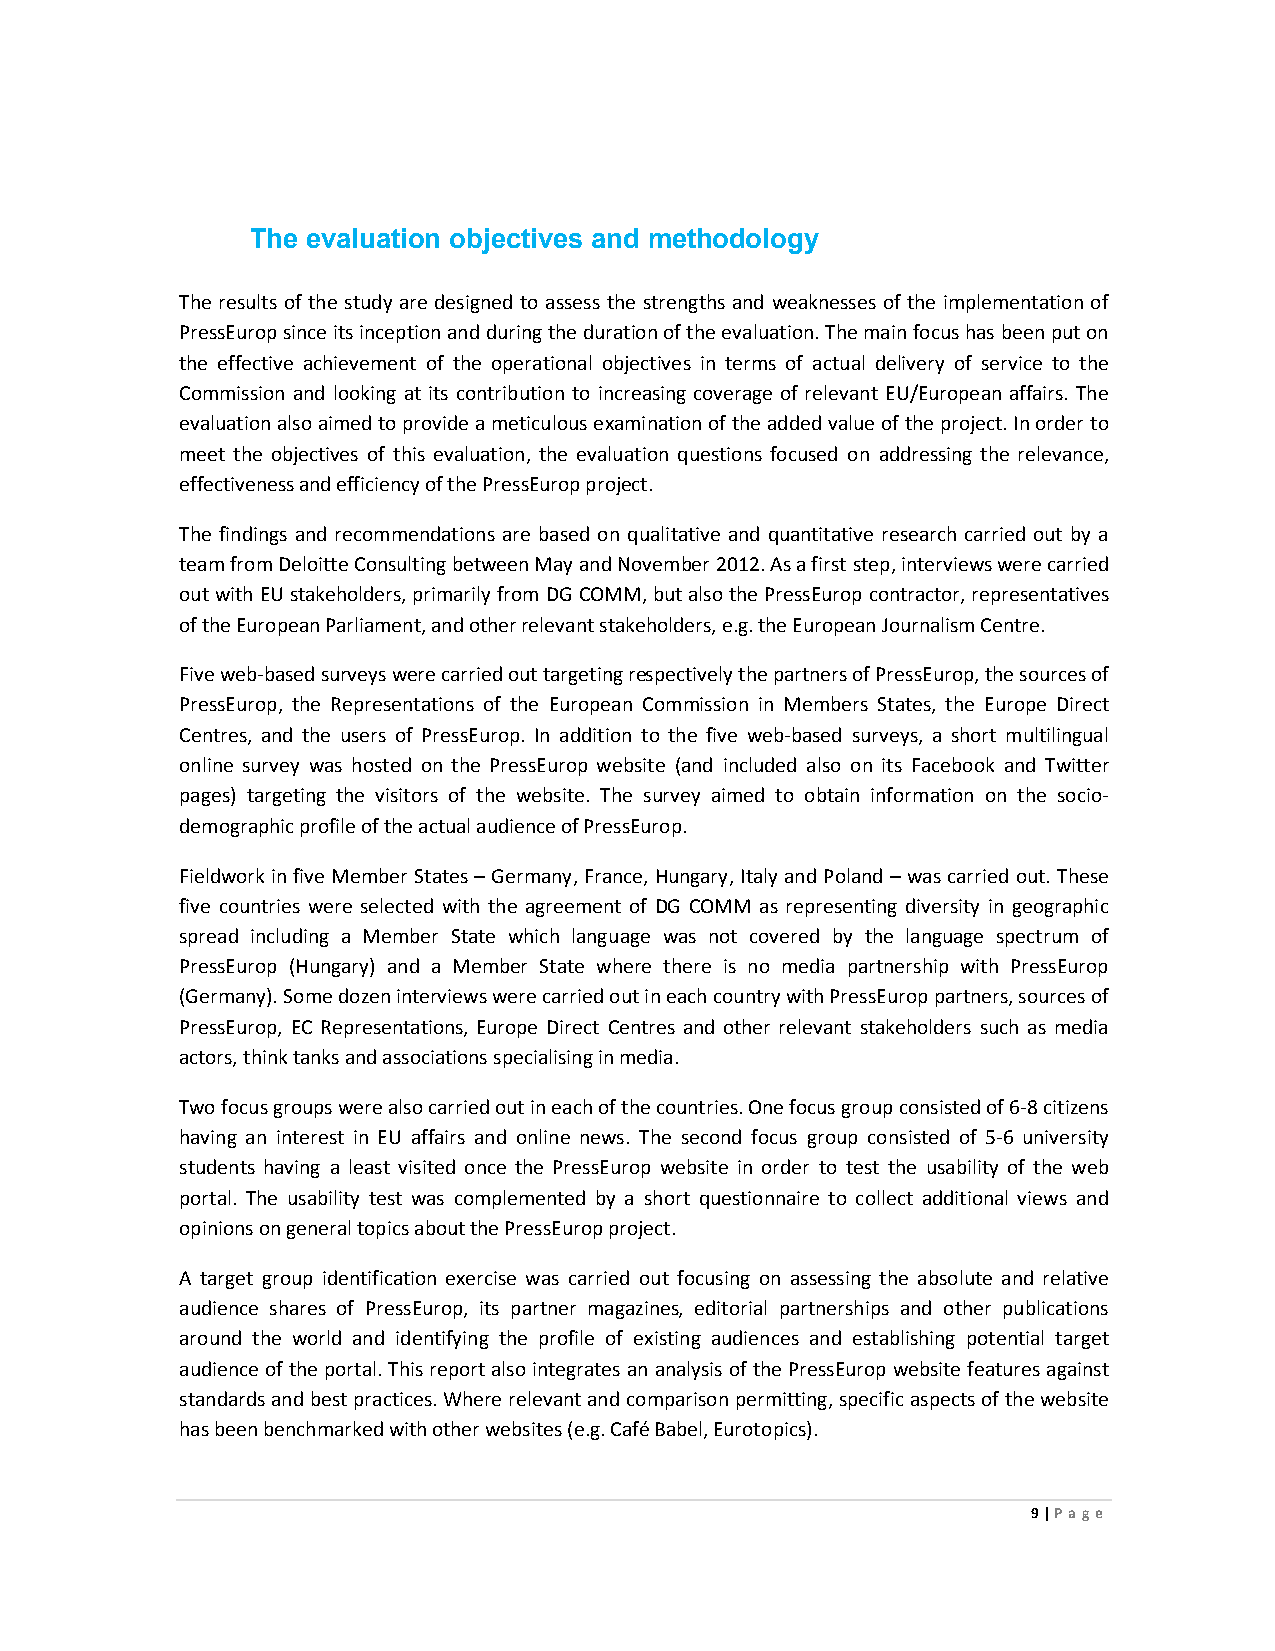
The evaluation objectives and methodology
 The results of the study are designed to assess the strengths and weaknesses of the implementation of
 PressEurop since its inception and during the duration of the evaluation. The main focus has been put on
 the effective achievement of the operational objectives in terms of actual delivery of service to the
 Commission and looking at its contribution to increasing coverage of relevant EU/European affairs. The
 evaluation also aimed to provide a meticulous examination of the added value of the project. In order to
 meet the objectives of this evaluation, the evaluation questions focused on addressing the relevance,
 effectiveness and efficiency of the PressEurop project.
 The findings and recommendations are based on qualitative and quantitative research carried out by a
 team from Deloitte Consulting between May and November 2012. As a first step, interviews were carried
 out with EU stakeholders, primarily from DG COMM, but also the PressEurop contractor, representatives
 of the European Parliament, and other relevant stakeholders, e.g. the European Journalism Centre.
 Five web-based surveys were carried out targeting respectively the partners of PressEurop, the sources of
 PressEurop, the Representations of the European Commission in Members States, the Europe Direct
 Centres, and the users of PressEurop. In addition to the five web-based surveys, a short multilingual
 online survey was hosted on the PressEurop website (and included also on its Facebook and Twitter
 pages) targeting the visitors of the website. The survey aimed to obtain information on the socio-
 demographic profile of the actual audience of PressEurop.
 Fieldwork in five Member States – Germany, France, Hungary, Italy and Poland – was carried out. These
 five countries were selected with the agreement of DG COMM as representing diversity in geographic
 spread including a Member State which language was not covered by the language spectrum of
 PressEurop (Hungary) and a Member State where there is no media partnership with PressEurop
 (Germany). Some dozen interviews were carried out in each country with PressEurop partners, sources of
 PressEurop, EC Representations, Europe Direct Centres and other relevant stakeholders such as media
 actors, think tanks and associations specialising in media.
 Two focus groups were also carried out in each of the countries. One focus group consisted of 6-8 citizens
 having an interest in EU affairs and online news. The second focus group consisted of 5-6 university
 students having a least visited once the PressEurop website in order to test the usability of the web
 portal. The usability test was complemented by a short questionnaire to collect additional views and
 opinions on general topics about the PressEurop project.
 A target group identification exercise was carried out focusing on assessing the absolute and relative
 audience shares of PressEurop, its partner magazines, editorial partnerships and other publications
 around the world and identifying the profile of existing audiences and establishing potential target
 audience of the portal. This report also integrates an analysis of the PressEurop website features against
 standards and best practices. Where relevant and comparison permitting, specific aspects of the website
 has been benchmarked with other websites (e.g. Café Babel, Eurotopics).
 9 | Page